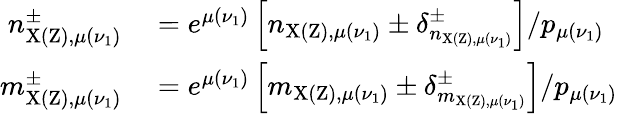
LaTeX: \begin{array}{rl}{n_{\mathrm{X(Z),}\mu(\nu_{1})}^{\pm}}&{{}=e^{\mu(\nu_{1})}\left[n_{\mathrm{X(Z),}\mu(\nu_{1})}\pm\delta_{n_{\mathrm{X(Z),}\mu(\nu_{1})}}^{\pm}\right]/p_{\mu(\nu_{1})}}\\ {m_{\mathrm{X(Z),}\mu(\nu_{1})}^{\pm}}&{{}=e^{\mu(\nu_{1})}\left[m_{\mathrm{X(Z),}\mu(\nu_{1})}\pm\delta_{m_{\mathrm{X(Z),}\mu(\nu_{1})}}^{\pm}\right]/p_{\mu(\nu_{1})}}\end{array}